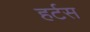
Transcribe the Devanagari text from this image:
हर्टस